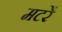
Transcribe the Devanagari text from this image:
मटरें